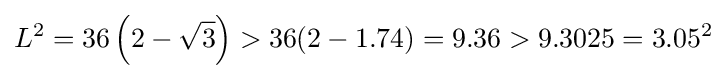
L^{2}=36\left(2-{\sqrt {3}}\right)>36(2-1.74)=9.36>9.3025=3.05^{2}